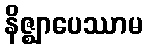
နိဇ္ဈာပေဿာမ